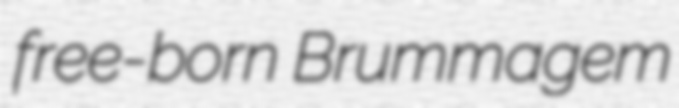
free-born Brummagem